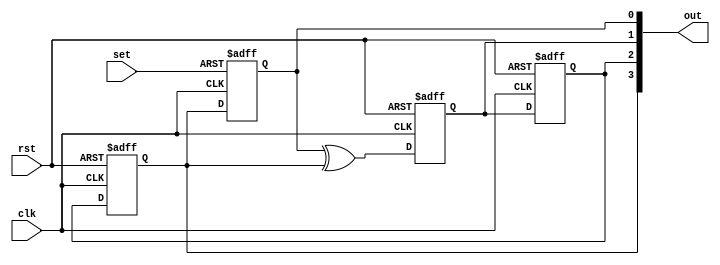
module LFSR(clk,rst,set,out);

input clk,rst,set;
output [3:0]out;
reg q1,q2,q3,q4;

always @(posedge clk or posedge rst) begin

    if (rst) begin
        q2 <=0;
        q3 <=0;
        q4 <=0;
    end

    else begin
        q4 <= q3;
        q3 <= q2;
        q2 <= q1^q4;
    end
    
end

always @(posedge clk or posedge set) begin

    if (set) q1 <= 1;
    else q1 <= q4;

end

assign out = {q4,q3,q2,q1};

endmodule